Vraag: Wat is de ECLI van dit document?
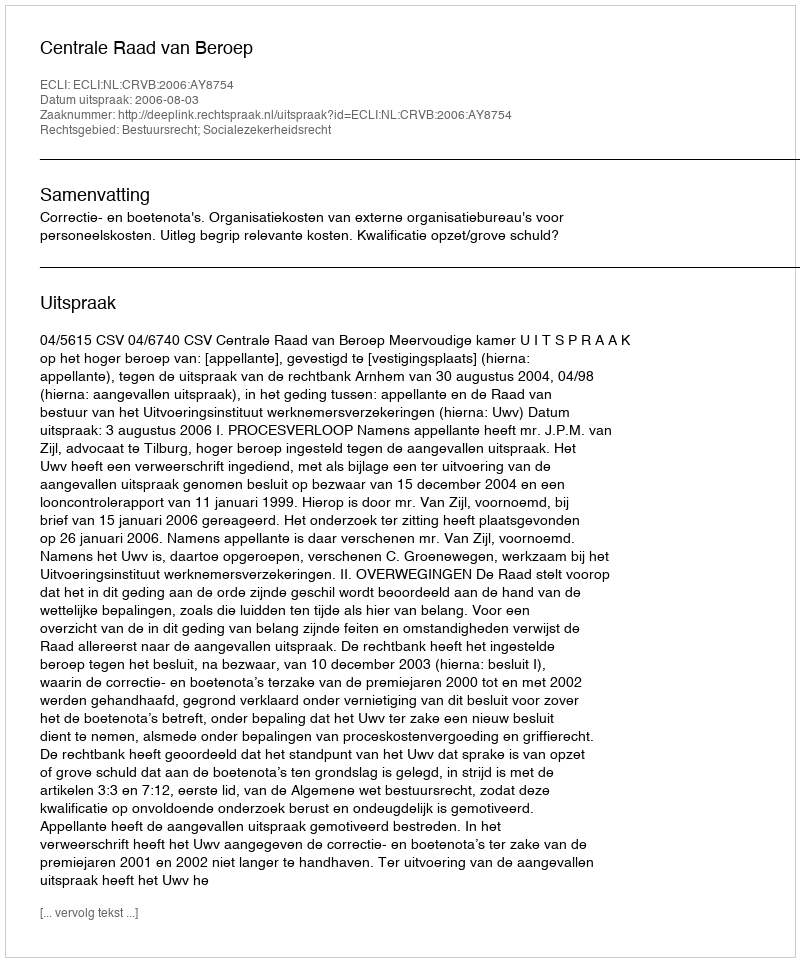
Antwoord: ECLI:NL:CRVB:2006:AY8754